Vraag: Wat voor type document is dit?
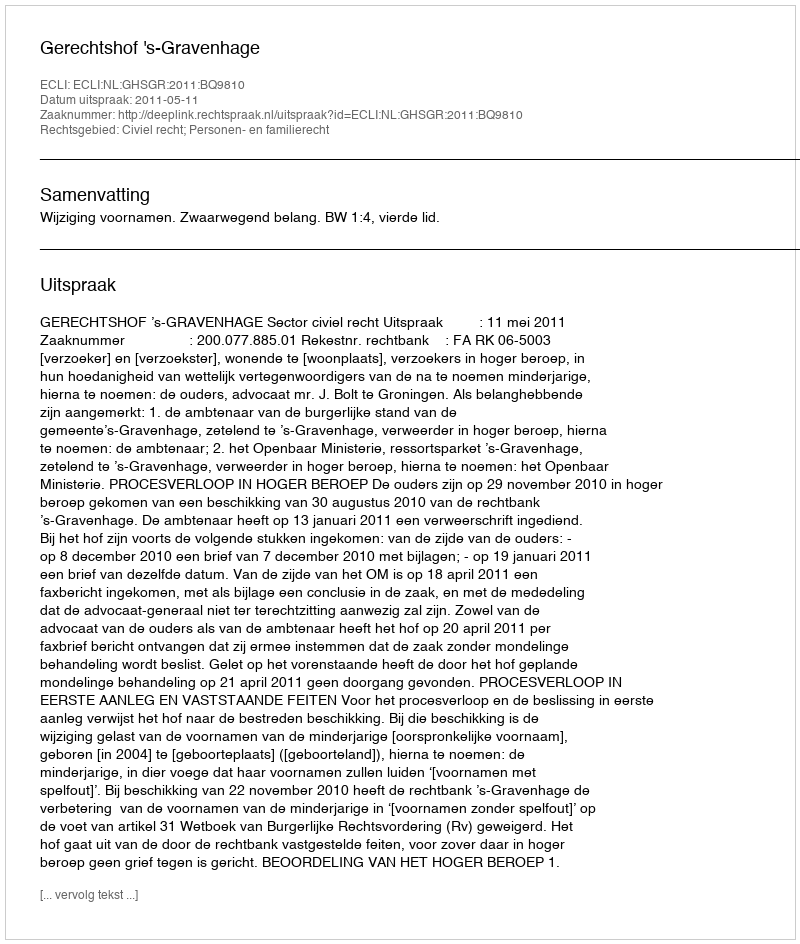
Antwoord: Uitspraak